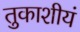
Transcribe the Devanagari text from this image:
तुकाशीयं